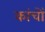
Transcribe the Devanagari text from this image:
कांचों